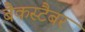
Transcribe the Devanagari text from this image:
बैकस्टैबर